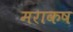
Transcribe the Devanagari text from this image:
मराकष